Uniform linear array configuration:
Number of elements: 12
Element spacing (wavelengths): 0.5
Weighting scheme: uniform
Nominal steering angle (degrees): -30
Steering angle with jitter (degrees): -28.666
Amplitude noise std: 0.05
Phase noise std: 0.05

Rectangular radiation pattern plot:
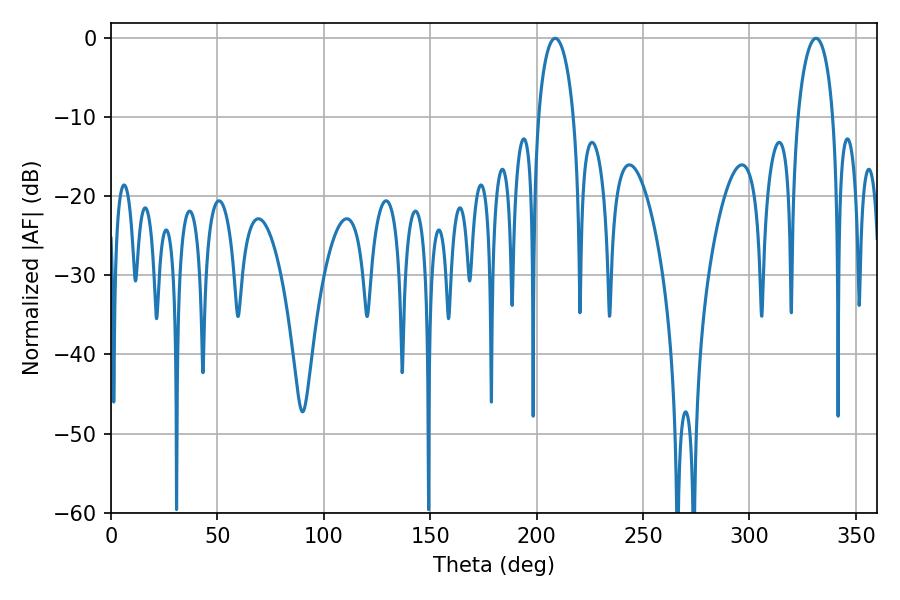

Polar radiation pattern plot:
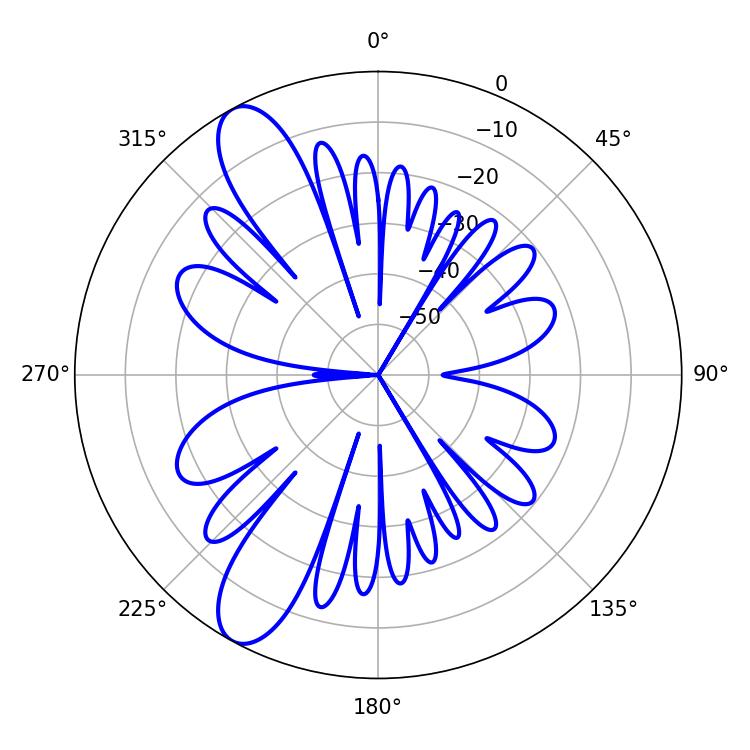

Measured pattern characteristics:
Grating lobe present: FALSE
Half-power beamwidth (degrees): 9.54
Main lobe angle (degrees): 331.2